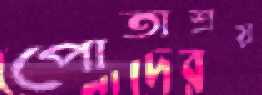
পোতাশ্রয়